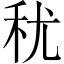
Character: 𮂱